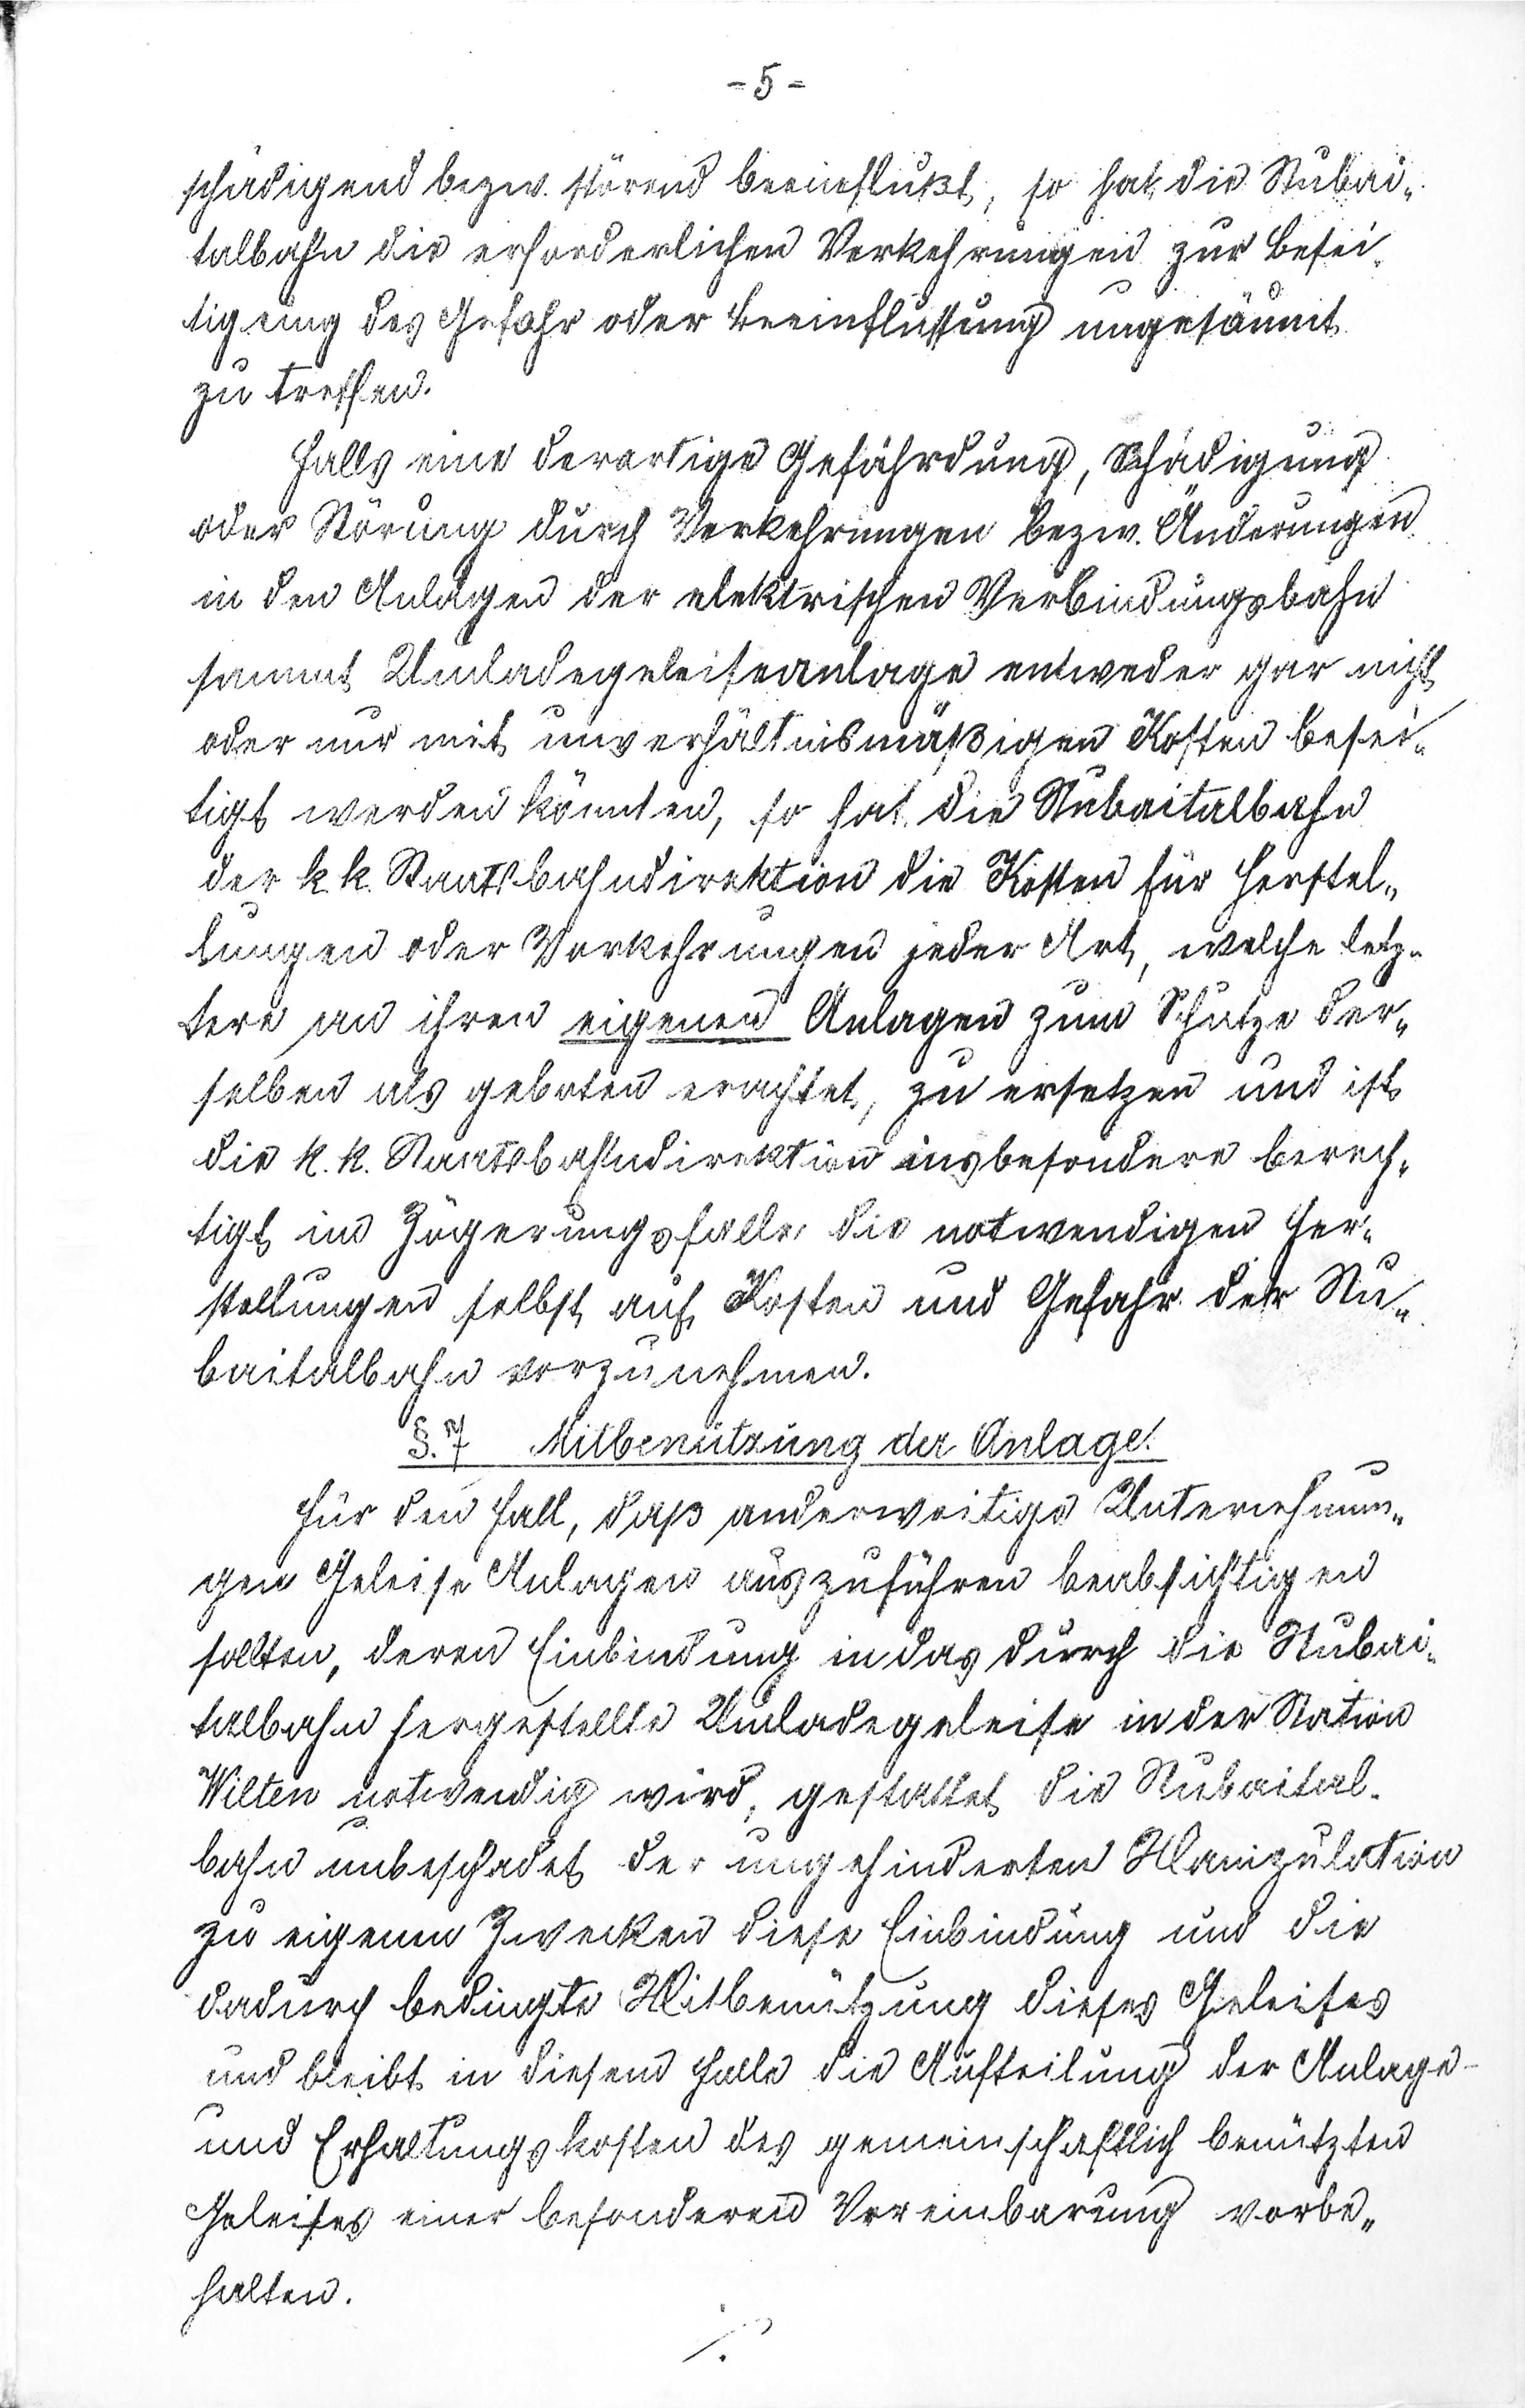
- 5 -
schädigend bezw. störend beeinflußt, so hat die Stubai¬
talbahn die erforderlichen Verkehrungen zur Besei¬
tigung des Gefahr oder Beeinflussung ungesäumt
zu treffen.
Falls eine derartige Gefährdung, Schädigung
oder Störung durch Vorkehrungen bezw. Änderungen
in der Anlage der elektrischen Verbindungsbahn
sammt Umladegeleiseanlage entweder gar nicht
oder nur mit unverhältnismäßigen Kosten besei¬
tigt werden könnten, so hat die Stubaitalbahn
der k.k. Staaatsbahndirektion die Kosten für Herstel¬
lungen oder Vorkehrungen jeder Art, welche letz¬
tere an Ihren eigenen Anlagen zum Schutze der¬
selben als geboten erachtet, zu ersetzen und ist
die k.k. Staatsbahndirektion insbesondere berech¬
tigt im Zögerungsfalle die notwendigen Her¬
stellungen selbst auf Kosten und Gefahr der Stu¬
baitalbahn vorzunehmen.
§.7 Mitbenutzung der Anlage.
Für den Fall, daß anderweitige Unternehmun¬
gen Geleise Anlagen auszuführen beabsichtigen
sollten, deren Einbindung in das durch die Stubai¬
talbahn hergestellte Anlagegeleise in der Station
Wilten notwendig wird, gestaltet die Stubaital¬
bahn unbeschadet der ungehinderten Manipulation
zu eigenen Zwecken diese Einbindung und die
dadurch bedingte Mitbenützung dieses Geleises
und bleibt in diesem Falle die Aufteilung der Anlage
und Erhaltungskosten des gemeinschaftlich benützten
Geleises einer besonderen Vereinbarung vorbe¬
halten.